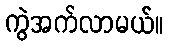
ကွဲအက်လာမယ်။